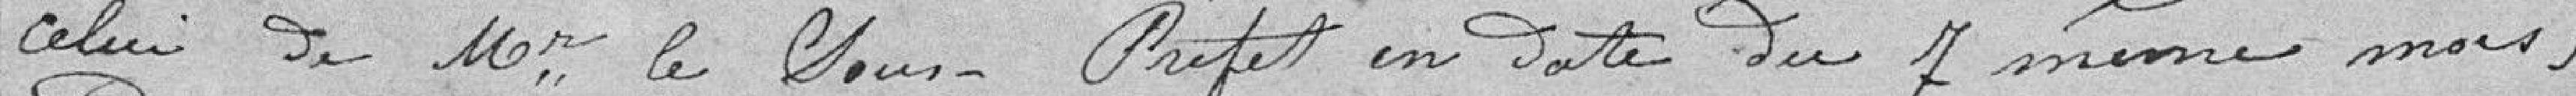
celui de Mr. le Sous-Préfet en date du 7 même mois,